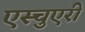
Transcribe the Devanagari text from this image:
एस्चुएरी